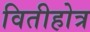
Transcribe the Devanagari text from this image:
वितीहोत्र